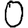
Digit: 0